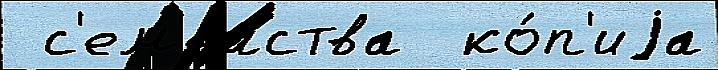
 с'ем'е́йства  ко́п'иjа